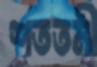
শততমী